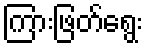
ကြားဖြတ်ရွေး